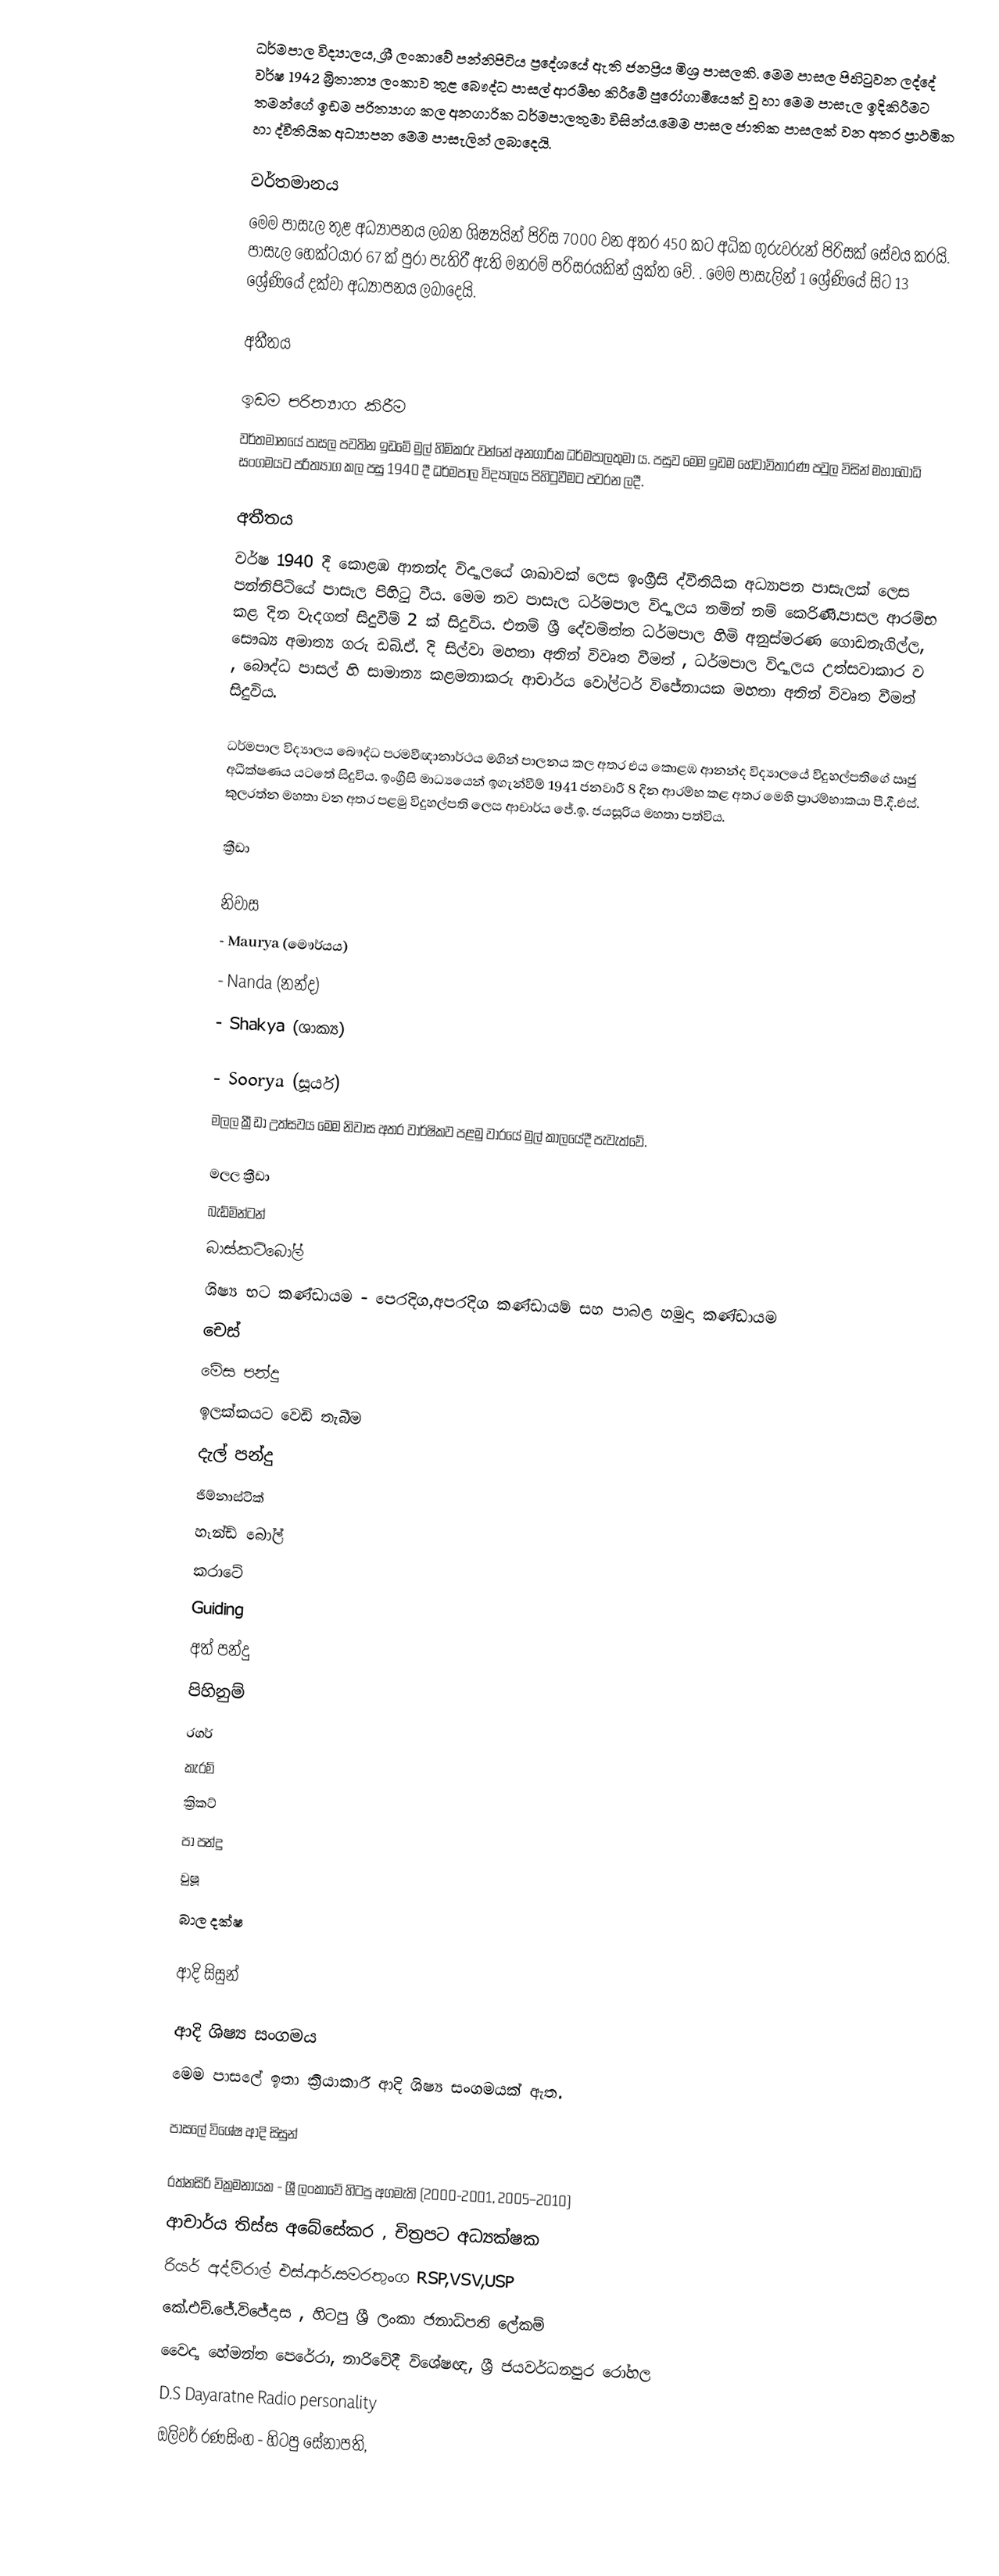
ධර්මපාල විද්‍යාලය, ශ්‍රී ලංකාවේ පන්නිපිටිය ප්‍රදේශයේ ඇති ජනප්‍රිය මිශ්‍ර පාසලකි. මෙම පාසල පිහිටුවන ලද්දේ වර්ෂ 1942 බ්‍රිතාන්‍ය ලංකාව තුළ බෞද්ධ පාසල් ආරම්භ කිරීමේ පුරෝගාමීයෙක් වූ හා මෙම පාසැල ඉදිකිරීමට තමන්ගේ ඉඩම පරිත්‍යාග කල අනගාරික ධර්මපාලතුමා විසින්ය.මෙම පාසල ජාතික පාසලක් වන අතර ප්‍රාථමික හා ද්වීතියික අධ්‍යාපන මෙම පාසැලින් ලබාදෙයි.

වර්තමානය
මෙම පාසැල තුළ අධ්‍යාපනය ලබන ශිෂ්‍යයින් පිරිස 7000 වන අතර 450 කට අධික ගුරුවරුන් පිරිසක් සේවය කරයි. පාසැල හෙක්ටයාර 67  ක් පුරා පැතිරී ඇති මනරම් පරිසරයකින් යුක්ත වේ. . මෙම පාසැලින් 1 ශ්‍රේණියේ සිට 13 ශ්‍රේණියේ දක්වා අධ්‍යාපනය ලබාදෙයි.

අතීතය

ඉඩම පරිත්‍යාග කිරීම
වර්තමානයේ පාසල පවතින ඉඩමේ මුල් හිමිකරු වන්නේ අනගාරික ධර්මපාලතුමා ය. පසුව මෙම ඉඩම හේවාවිතාරණ පවුල විසින් මහාබෝධි සංගමයට පරිත්‍යාග කල පසු 1940 දී  ධර්මපාල විද්‍යාලය පිහිටුවීමට පවරන ලදී.

අතීතය
වර්ෂ 1940 දී කොළඹ ආනන්ද විද්‍යාලයේ ශාඛාවක් ලෙස ඉංග්‍රීසි ද්වීතියික අධ්‍යාපන පාසැලක් ලෙස පන්නිපිටියේ පාසැල පිහිටු වීය. මෙම නව පාසැල ධර්මපාල විද්‍යාලය නමින් නම් කෙරිණී.පාසල ආරම්භ කළ දින වැදගත් සිදුවීම් 2  ක් සිදුවිය. එනම් ශ්‍රී දේවමිත්ත ධර්මපාල හිමි අනුස්මරණ ගොඩනැගිල්ල, සෞඛ්‍ය අමාත්‍ය ගරු ඩබ්.ඒ. දි සිල්වා මහතා අතින් විවෘත වීමත් , ධර්මපාල විද්‍යාලය උත්සවාකාර ව , බෞද්ධ පාසල් හි සාමාන්‍ය කළමනාකරු ආචාර්ය වෝල්ටර් විජේනායක මහතා අතින්  විවෘත වීමත් සිදුවිය.

ධර්මපාල විද්‍යාලය බෞද්ධ පරමවීඥානාර්ථය මගින් පාලනය කල අතර එය කොළඹ ආනන්ද විද්‍යාලයේ විදුහල්පතිගේ ඍජු අධීක්ෂණය යටතේ සිදුවිය. ඉංග්‍රීසි මාධ්‍යයෙන් ඉගැන්වීම් 1941 ජනවාරි 8 දින ආරම්භ කළ අතර මෙහි ප්‍රාරම්භාකයා පී.දී.එස්. කුලරත්න මහතා වන අතර පළමු විදුහල්පති ලෙස ආචාර්ය ජේ.ඉ. ජයසූරිය මහතා පත්විය.

ක්‍රීඩා

නිවාස
 - Maurya (මෞර්යය)
 - Nanda (නන්ද)
 - Shakya (ශාක්‍ය)

  - Soorya (සූර්ය)
මලල ක්‍රීඩා උත්සවය මෙම නිවාස අතර වාර්ෂිකව පළමු වාරයේ මුල් කාලයේදී පැවැත්වේ.

මලල ක්‍රීඩා
බැඩ්මින්ටන්
බාස්කට්බෝල්
 ශිෂ්‍ය භට කණ්ඩායම - පෙරදිග,අපරදිග කණ්ඩායම් සහ පාබළ හමුදා කණ්ඩායම
චෙස්
මේස පන්දු
ඉලක්කයට වෙඩි තැබීම
දැල් පන්දු
ජිම්නාස්ටික්
හෑන්ඩ් බෝල්
කරාටේ
Guiding
අත් පන්දු
පිහිනුම්
රගර්
කැරම්
ක්‍රිකට්
පා පන්දු
වුෂූ
බාල දක්ෂ

ආදි සිසුන්

ආදි ශිෂ්‍ය සංගමය
මෙම පාසලේ ඉතා ක්‍රියාකාරී ආදි ශිෂ්‍ය සංගමයක් ඇත.

පාසලේ විශේෂ ආදි සිසුන්

 රත්නසිරි වික්‍රමනායක - ශ්‍රී ලංකාවේ හිටපු අගමැති (2000-2001, 2005–2010)
 ආචාර්ය තිස්ස අබේසේකර , චිත්‍රපට අධ්‍යක්ෂක
 රියර් අද්මිරාල් එස්.ආර්.සමරතුංග RSP,VSV,USP
 කේ.එච්.ජේ.විජේදාස , හිටපු ශ්‍රී ලංකා ජනාධිපති ලේකම්
 වෛද්‍ය හේමන්ත පෙරේරා, නාරිවේදී විශේෂඥ, ශ්‍රී ජයවර්ධනපුර රෝහල
 D.S Dayaratne Radio personality
 ඔලිවර් රණසිංහ - හිටපු සේනාපති,